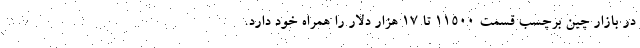
در بازار چین برچسب قسمت 11500 تا 17 هزار دلار را همراه خود دارد.